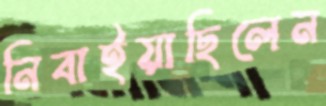
নিবাইয়াছিলেন